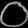
Digit: ၀